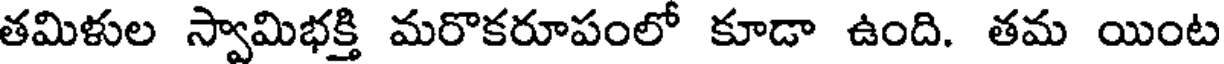
తమిళుల స్వామిభక్తి మరొకరూపంలో కూడా ఉంది. తమ యింట